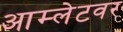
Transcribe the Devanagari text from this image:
आम्लेटवर